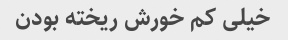
خیلی کم خورش ریخته بودن